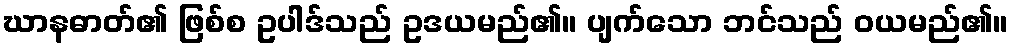
ဃာနဓာတ်၏ ဖြစ်စ ဥပါဒ်သည် ဥဒယမည်၏။ ပျက်သော ဘင်သည် ဝယမည်၏။